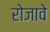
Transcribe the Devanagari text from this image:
रोजावे